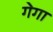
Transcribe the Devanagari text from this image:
ग॓गा